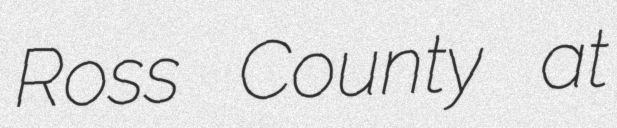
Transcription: Ross County at